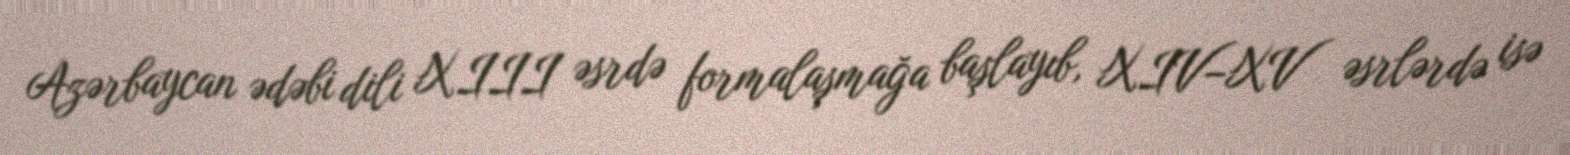
Azərbaycan ədəbi dili XIII əsrdə formalaşmağa başlayıb, XIV–XV əsrlərdə isə